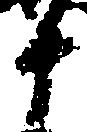
十